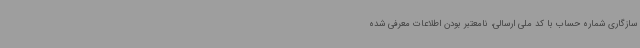
سازگاری شماره حساب با کد ملی ارسالی، نامعتبر بودن اطلاعات معرفی شده